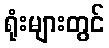
ရုံးများတွင်